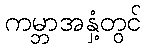
ကမ္ဘာအနှံ့တွင်